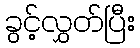
ခွင့်လွှတ်ပြီး